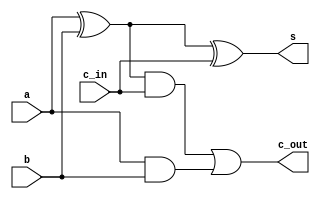
`timescale 1ns / 1ps
//////////////////////////////////////////////////////////////////////////////////
// Company: 
// Engineer: 
// 
// Design Name: 
// Module Name:    full_adder 
// Project Name: 
// Target Devices: 
// Tool versions: 
// Description: 
//
// Dependencies: 
//
// Revision: 
// Revision 0.01 - File Created
// Additional Comments: 
//
//////////////////////////////////////////////////////////////////////////////////
module full_adder_delay(
    output s,
    output c_out,
    input c_in,
    input a,
    input b
    );

    wire w1, w2, w3;
    xor #4 (w1, a, b);
    xor #4 (s, w1, c_in);
 
    and #2 (w3, w1, c_in);
    and #2 (w2, a, b);
    or #2 (c_out, w3, w2);
endmodule